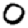
Digit: 0